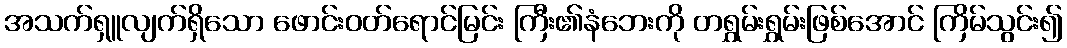
အသက်ရှူလျက်ရှိသော ဖောင်းဝတ်ရောင်မြင်း ကြီး၏နံဘေးကို တရွှမ်းရွှမ်းဖြစ်အောင် ကြိမ်သွင်း၍